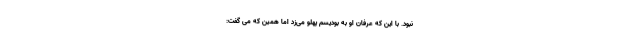
نبود. با این که عرفان او به بودیسم پهلو می‌زد اما همین که می گفت: